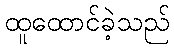
ထူထောင်ခဲ့သည်